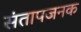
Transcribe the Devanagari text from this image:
संतापजनक